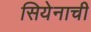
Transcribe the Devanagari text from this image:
सियेनाची